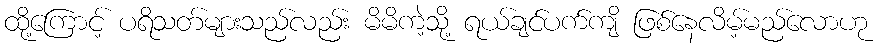
ထို့ကြောင့် ပရိသတ်များသည်လည်း မိမိကဲ့သို့ ရယ်ချင်ပက်ကျိ ဖြစ်နေလိမ့်မည်လောဟု